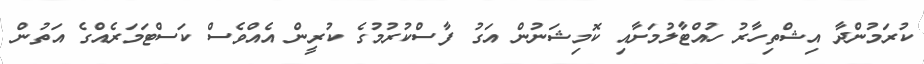
ކުރަމުންދާ އިޝްތިހާރު ހުއްޓާލުމަށާއި ކޮމިޝަނުން އަގު ފާސްކުރުމުގެ ކުރީން އެއްވެސް ކަސްޓަމަރެއްގެ އަތުން